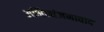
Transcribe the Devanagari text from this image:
अभिन्यंजनावाद